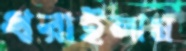
ধরাইলাম